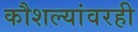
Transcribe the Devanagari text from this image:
कौशल्यांवरही